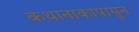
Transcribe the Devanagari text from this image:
कथानाकापासुन